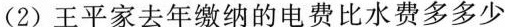
(2)王平家去年缴纳的电费比水费多多少